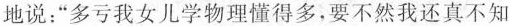
地说：”多亏我女儿学物理懂得多，要不然我还真不知